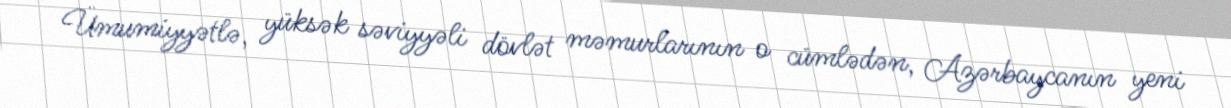
Ümumiyyətlə, yüksək səviyyəli dövlət məmurlarının o cümlədən, Azərbaycanın yeni